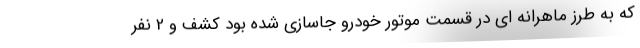
که به طرز ماهرانه ای در قسمت موتور خودرو جاسازی شده بود کشف و 2 نفر